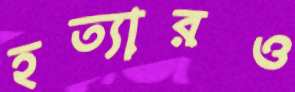
হত্যারও